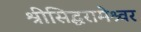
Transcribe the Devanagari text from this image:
श्रीसिद्धरामेश्र्वर